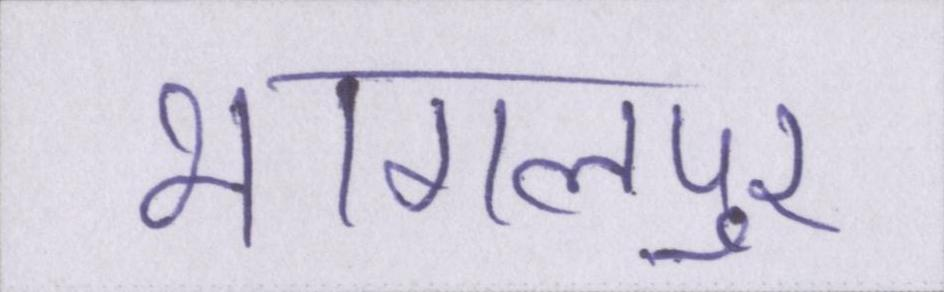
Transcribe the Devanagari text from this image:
भागलपुर